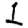
Digit: 1